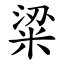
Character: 粱